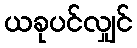
ယခုပင်လျှင်